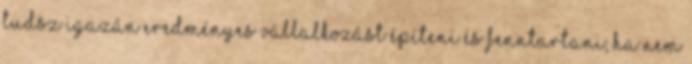
tudsz igazán eredményes vállalkozást építeni és fenntartani, ha nem